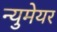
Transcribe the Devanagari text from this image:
न्युमेयर